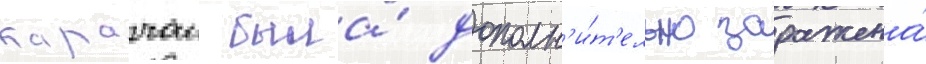
карачаи была́ дополн'и́т'ельно заражена́